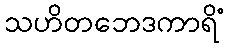
သဟိတဘေဒကာရိံ